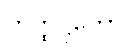
ကတ္ထဋ္ဌိတော